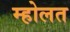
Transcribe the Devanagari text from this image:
म्होलत